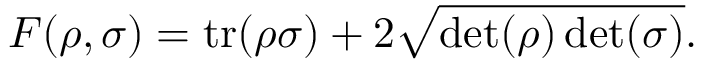
F ( \rho , \sigma ) = \operatorname { t r } ( \rho \sigma ) + 2 { \sqrt { \operatorname* { d e t } ( \rho ) \operatorname* { d e t } ( \sigma ) } } .